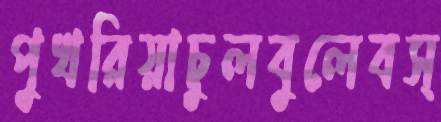
পুখরিয়াচুলবুলেবস্